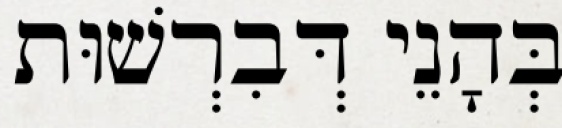
בְּהָנֵי דְּבִרְשׁוּת